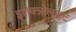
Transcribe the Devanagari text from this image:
इलेक्त्रोलाइट